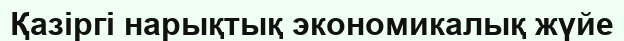
Қазіргі нарықтық экономикалық жүйе